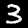
Digit: 3